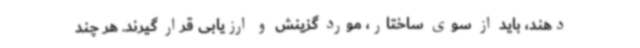
دهند، باید از سوی ساختار، مورد گزینش و ارزیابی قرار گیرند. هر چند